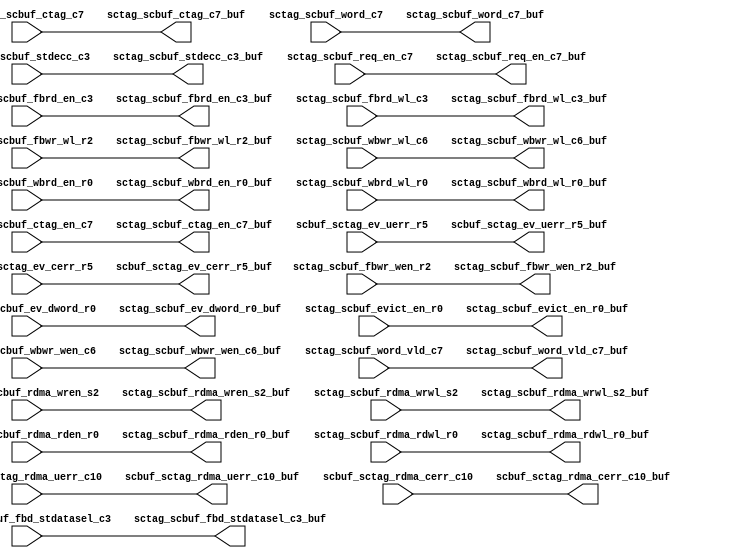
// ========== Copyright Header Begin ==========================================
// 
// OpenSPARC T1 Processor File: sctag_scbuf_rptr3.v
// Copyright (c) 2006 Sun Microsystems, Inc.  All Rights Reserved.
// DO NOT ALTER OR REMOVE COPYRIGHT NOTICES.
// 
// The above named program is free software; you can redistribute it and/or
// modify it under the terms of the GNU General Public
// License version 2 as published by the Free Software Foundation.
// 
// The above named program is distributed in the hope that it will be 
// useful, but WITHOUT ANY WARRANTY; without even the implied warranty of
// MERCHANTABILITY or FITNESS FOR A PARTICULAR PURPOSE.  See the GNU
// General Public License for more details.
// 
// You should have received a copy of the GNU General Public
// License along with this work; if not, write to the Free Software
// Foundation, Inc., 51 Franklin St, Fifth Floor, Boston, MA 02110-1301, USA.
// 
// ========== Copyright Header End ============================================
module sctag_scbuf_rptr3 (/*AUTOARG*/
   // Outputs
   sctag_scbuf_fbrd_en_c3_buf, sctag_scbuf_fbrd_wl_c3_buf, 
   sctag_scbuf_fbwr_wen_r2_buf, sctag_scbuf_fbwr_wl_r2_buf, 
   sctag_scbuf_fbd_stdatasel_c3_buf, sctag_scbuf_stdecc_c3_buf, 
   sctag_scbuf_ev_dword_r0_buf, sctag_scbuf_evict_en_r0_buf, 
   sctag_scbuf_wbwr_wen_c6_buf, sctag_scbuf_wbwr_wl_c6_buf, 
   sctag_scbuf_wbrd_en_r0_buf, sctag_scbuf_wbrd_wl_r0_buf, 
   sctag_scbuf_rdma_wren_s2_buf, sctag_scbuf_rdma_wrwl_s2_buf, 
   sctag_scbuf_rdma_rden_r0_buf, sctag_scbuf_rdma_rdwl_r0_buf, 
   sctag_scbuf_ctag_en_c7_buf, sctag_scbuf_ctag_c7_buf, 
   sctag_scbuf_req_en_c7_buf, sctag_scbuf_word_c7_buf, 
   sctag_scbuf_word_vld_c7_buf, scbuf_sctag_ev_uerr_r5_buf, 
   scbuf_sctag_ev_cerr_r5_buf, scbuf_sctag_rdma_uerr_c10_buf, 
   scbuf_sctag_rdma_cerr_c10_buf, 
   // Inputs
   sctag_scbuf_fbrd_en_c3, sctag_scbuf_fbrd_wl_c3, 
   sctag_scbuf_fbwr_wen_r2, sctag_scbuf_fbwr_wl_r2, 
   sctag_scbuf_fbd_stdatasel_c3, sctag_scbuf_stdecc_c3, 
   sctag_scbuf_ev_dword_r0, sctag_scbuf_evict_en_r0, 
   sctag_scbuf_wbwr_wen_c6, sctag_scbuf_wbwr_wl_c6, 
   sctag_scbuf_wbrd_en_r0, sctag_scbuf_wbrd_wl_r0, 
   sctag_scbuf_rdma_wren_s2, sctag_scbuf_rdma_wrwl_s2, 
   sctag_scbuf_rdma_rden_r0, sctag_scbuf_rdma_rdwl_r0, 
   sctag_scbuf_ctag_en_c7, sctag_scbuf_ctag_c7, 
   sctag_scbuf_req_en_c7, sctag_scbuf_word_c7, 
   sctag_scbuf_word_vld_c7, scbuf_sctag_ev_uerr_r5, 
   scbuf_sctag_ev_cerr_r5, scbuf_sctag_rdma_uerr_c10, 
   scbuf_sctag_rdma_cerr_c10
   );


//////////////////////////////////////////////////////////////////////////////
input           sctag_scbuf_fbrd_en_c3;
input   [2:0]   sctag_scbuf_fbrd_wl_c3 ;
input   [15:0]  sctag_scbuf_fbwr_wen_r2 ;
input   [2:0]   sctag_scbuf_fbwr_wl_r2 ;
input           sctag_scbuf_fbd_stdatasel_c3;
input   [77:0]  sctag_scbuf_stdecc_c3;
input   [2:0]   sctag_scbuf_ev_dword_r0;
input           sctag_scbuf_evict_en_r0;
input   [3:0]   sctag_scbuf_wbwr_wen_c6;
input   [2:0]   sctag_scbuf_wbwr_wl_c6;
input           sctag_scbuf_wbrd_en_r0;
input   [2:0]   sctag_scbuf_wbrd_wl_r0;
input   [15:0]  sctag_scbuf_rdma_wren_s2;
input   [1:0]   sctag_scbuf_rdma_wrwl_s2;
input           sctag_scbuf_rdma_rden_r0;
input   [1:0]   sctag_scbuf_rdma_rdwl_r0;
input           sctag_scbuf_ctag_en_c7;
input   [14:0]  sctag_scbuf_ctag_c7;
input           sctag_scbuf_req_en_c7;
input   [3:0]   sctag_scbuf_word_c7;
input           sctag_scbuf_word_vld_c7;

output          sctag_scbuf_fbrd_en_c3_buf;
output  [2:0]   sctag_scbuf_fbrd_wl_c3_buf;
output  [15:0]  sctag_scbuf_fbwr_wen_r2_buf;
output  [2:0]   sctag_scbuf_fbwr_wl_r2_buf;
output          sctag_scbuf_fbd_stdatasel_c3_buf;
output  [77:0]  sctag_scbuf_stdecc_c3_buf;
output  [2:0]   sctag_scbuf_ev_dword_r0_buf;
output          sctag_scbuf_evict_en_r0_buf;
output  [3:0]   sctag_scbuf_wbwr_wen_c6_buf;
output  [2:0]   sctag_scbuf_wbwr_wl_c6_buf;
output          sctag_scbuf_wbrd_en_r0_buf;
output  [2:0]   sctag_scbuf_wbrd_wl_r0_buf;
output  [15:0]  sctag_scbuf_rdma_wren_s2_buf;
output  [1:0]   sctag_scbuf_rdma_wrwl_s2_buf;
output          sctag_scbuf_rdma_rden_r0_buf;
output  [1:0]   sctag_scbuf_rdma_rdwl_r0_buf;
output          sctag_scbuf_ctag_en_c7_buf;
output  [14:0]  sctag_scbuf_ctag_c7_buf;
output          sctag_scbuf_req_en_c7_buf;
output  [3:0]   sctag_scbuf_word_c7_buf;
output          sctag_scbuf_word_vld_c7_buf;



input           scbuf_sctag_ev_uerr_r5;
input           scbuf_sctag_ev_cerr_r5;
input           scbuf_sctag_rdma_uerr_c10;
input           scbuf_sctag_rdma_cerr_c10;

output          scbuf_sctag_ev_uerr_r5_buf;
output          scbuf_sctag_ev_cerr_r5_buf;
output          scbuf_sctag_rdma_uerr_c10_buf;
output          scbuf_sctag_rdma_cerr_c10_buf;


//////////////////////////////////////////////////////////////////////////////
wire            sctag_scbuf_fbrd_en_c3_buf;
wire    [2:0]   sctag_scbuf_fbrd_wl_c3_buf;
wire    [15:0]  sctag_scbuf_fbwr_wen_r2_buf;
wire    [2:0]   sctag_scbuf_fbwr_wl_r2_buf;
wire            sctag_scbuf_fbd_stdatasel_c3_buf;
wire    [77:0]  sctag_scbuf_stdecc_c3_buf;
wire    [2:0]   sctag_scbuf_ev_dword_r0_buf;
wire            sctag_scbuf_evict_en_r0_buf;
wire    [3:0]   sctag_scbuf_wbwr_wen_c6_buf;
wire    [2:0]   sctag_scbuf_wbwr_wl_c6_buf;
wire            sctag_scbuf_wbrd_en_r0_buf;
wire    [2:0]   sctag_scbuf_wbrd_wl_r0_buf;
wire    [15:0]  sctag_scbuf_rdma_wren_s2_buf;
wire    [1:0]   sctag_scbuf_rdma_wrwl_s2_buf;
wire            sctag_scbuf_rdma_rden_r0_buf;
wire    [1:0]   sctag_scbuf_rdma_rdwl_r0_buf;
wire            sctag_scbuf_ctag_en_c7_buf;
wire    [14:0]  sctag_scbuf_ctag_c7_buf;
wire            sctag_scbuf_req_en_c7_buf;
wire    [3:0]   sctag_scbuf_word_c7_buf;
wire            sctag_scbuf_word_vld_c7_buf;
wire            scbuf_sctag_ev_uerr_r5_buf;
wire            scbuf_sctag_ev_cerr_r5_buf;
wire            scbuf_sctag_rdma_uerr_c10_buf;
wire            scbuf_sctag_rdma_cerr_c10_buf;


//////////////////////////////////////////////////////////////////////////////
assign  sctag_scbuf_fbrd_en_c3_buf       = sctag_scbuf_fbrd_en_c3;
assign  sctag_scbuf_fbrd_wl_c3_buf       = sctag_scbuf_fbrd_wl_c3;
assign  sctag_scbuf_fbwr_wen_r2_buf      = sctag_scbuf_fbwr_wen_r2;
assign  sctag_scbuf_fbwr_wl_r2_buf       = sctag_scbuf_fbwr_wl_r2;
assign  sctag_scbuf_fbd_stdatasel_c3_buf = sctag_scbuf_fbd_stdatasel_c3;
assign  sctag_scbuf_stdecc_c3_buf        = sctag_scbuf_stdecc_c3;
assign  sctag_scbuf_ev_dword_r0_buf      = sctag_scbuf_ev_dword_r0;
assign  sctag_scbuf_evict_en_r0_buf      = sctag_scbuf_evict_en_r0;
assign  sctag_scbuf_wbwr_wen_c6_buf      = sctag_scbuf_wbwr_wen_c6;
assign  sctag_scbuf_wbwr_wl_c6_buf       = sctag_scbuf_wbwr_wl_c6;
assign  sctag_scbuf_wbrd_en_r0_buf       = sctag_scbuf_wbrd_en_r0;
assign  sctag_scbuf_wbrd_wl_r0_buf       = sctag_scbuf_wbrd_wl_r0;
assign  sctag_scbuf_rdma_wren_s2_buf     = sctag_scbuf_rdma_wren_s2;
assign  sctag_scbuf_rdma_wrwl_s2_buf     = sctag_scbuf_rdma_wrwl_s2;
assign  sctag_scbuf_rdma_rden_r0_buf     = sctag_scbuf_rdma_rden_r0;
assign  sctag_scbuf_rdma_rdwl_r0_buf     = sctag_scbuf_rdma_rdwl_r0;
assign  sctag_scbuf_ctag_en_c7_buf       = sctag_scbuf_ctag_en_c7;
assign  sctag_scbuf_ctag_c7_buf          = sctag_scbuf_ctag_c7;
assign  sctag_scbuf_req_en_c7_buf        = sctag_scbuf_req_en_c7;
assign  sctag_scbuf_word_c7_buf          = sctag_scbuf_word_c7;
assign  sctag_scbuf_word_vld_c7_buf      = sctag_scbuf_word_vld_c7;

assign  scbuf_sctag_ev_uerr_r5_buf       = scbuf_sctag_ev_uerr_r5;
assign  scbuf_sctag_ev_cerr_r5_buf       = scbuf_sctag_ev_cerr_r5;
assign  scbuf_sctag_rdma_uerr_c10_buf    = scbuf_sctag_rdma_uerr_c10;
assign  scbuf_sctag_rdma_cerr_c10_buf    = scbuf_sctag_rdma_cerr_c10;

endmodule